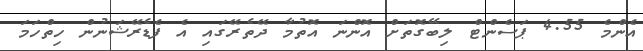
އެންމެ 4.55 ޕަސެންޓް ލިބޭގޮތަށް އޮންނަ އޮތުމާ ދޭތެރޭގައި އެ ފެޑެރޭޝަނުން ހިތްހަމަ